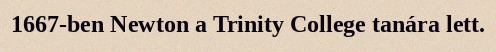
1667-ben Newton a Trinity College tanára lett.